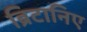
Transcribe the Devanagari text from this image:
ब्रिटानिए